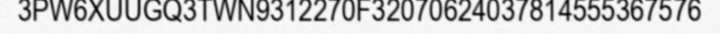
3PW6XUUGQ3TWN9312270F32070624037814555367576